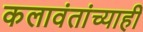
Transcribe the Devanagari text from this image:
कलावंतांच्याही